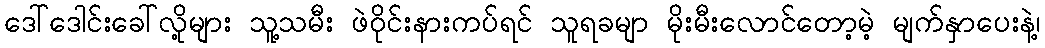
ဒေါ်ဒေါင်းခေါ်လို့များ သူ့သမီး ဖဲဝိုင်းနားကပ်ရင် သူရခမျာ မိုးမီးလောင်တော့မဲ့ မျက်နှာပေးနဲ့၊